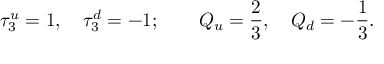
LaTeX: \tau _ { 3 } ^ { u } = 1 , \quad \tau _ { 3 } ^ { d } = - 1 ; \quad \quad Q _ { u } = \frac { 2 } { 3 } , \quad Q _ { d } = - \frac { 1 } { 3 } .